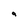
Character: 9